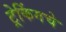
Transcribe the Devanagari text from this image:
ट्रेकिंगचे